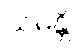
သမန္တိ